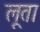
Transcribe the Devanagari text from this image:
लूता